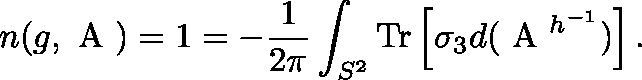
n ( g , \mathrm { \boldmath ~ A ~ } ) = 1 = - \frac { 1 } { 2 \pi } \int _ { S ^ { 2 } } \mathrm { T r } \left[ \sigma _ { 3 } d ( \mathrm { \boldmath ~ A ~ } ^ { h ^ { - 1 } } ) \right] .